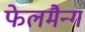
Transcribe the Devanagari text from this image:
फेलमैन्ग